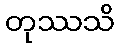
တုဿသိ